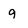
Character: 9